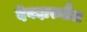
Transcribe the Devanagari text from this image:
देवदारुतैल